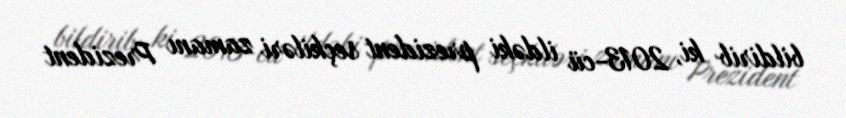
bildirib ki, 2013-cü ildəki prezident seçkiləri zamanı Prezident